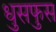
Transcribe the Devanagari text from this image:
धुसफुस